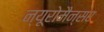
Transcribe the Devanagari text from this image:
न्यूरोमैन्सर